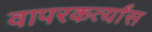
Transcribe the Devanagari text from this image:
वापरकर्त्यांस